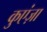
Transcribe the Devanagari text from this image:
कुएंज़ा